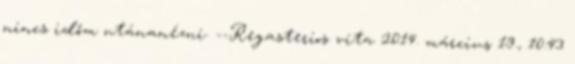
nincs időm utánanézni. --Regasterios vita 2014. március 19., 10:43